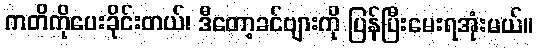
ကတိကိုပေးခိုင်းတယ်၊ ဒီတော့ခင်ဗျားကို ပြန်ပြီးမေးရအုံးမယ်။